Bréfritari: Jakobína Jónsdóttir
Viðtakandi: Sólveig Jónsdóttir
Dagsetning: A-1880-05-08
Skrifað á: Bessastöðum  Gull.
systir bréfviðtakanda

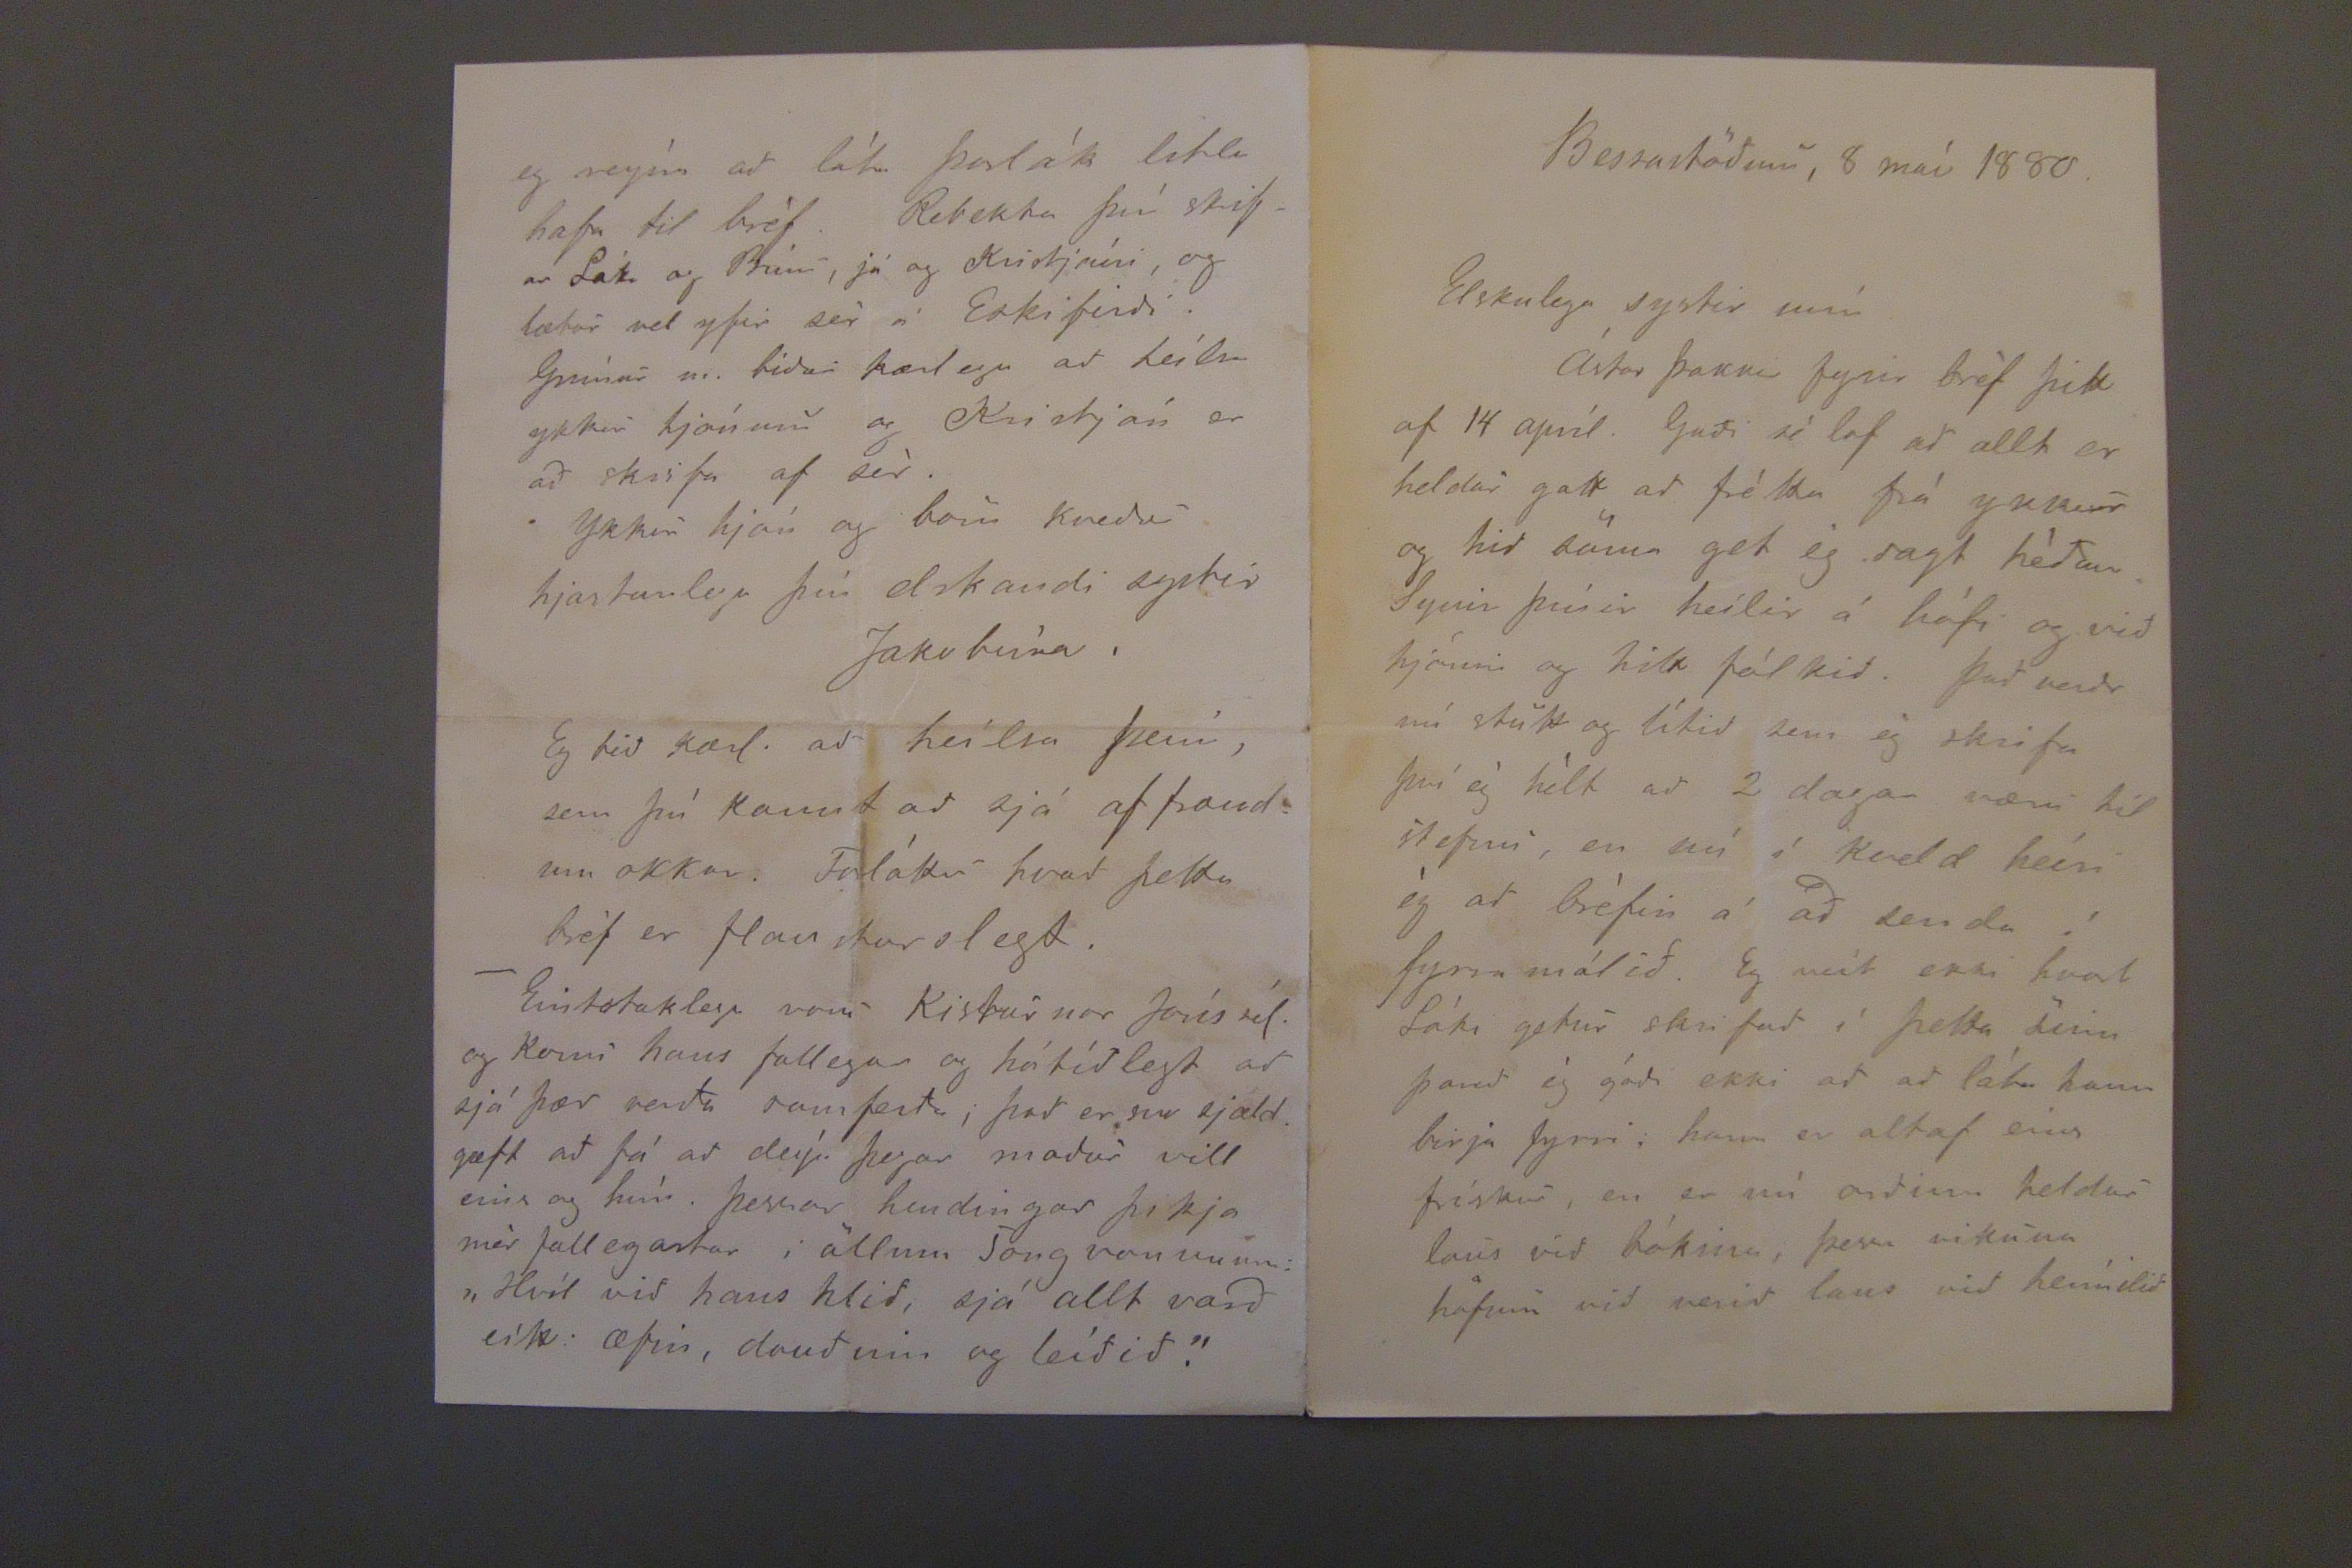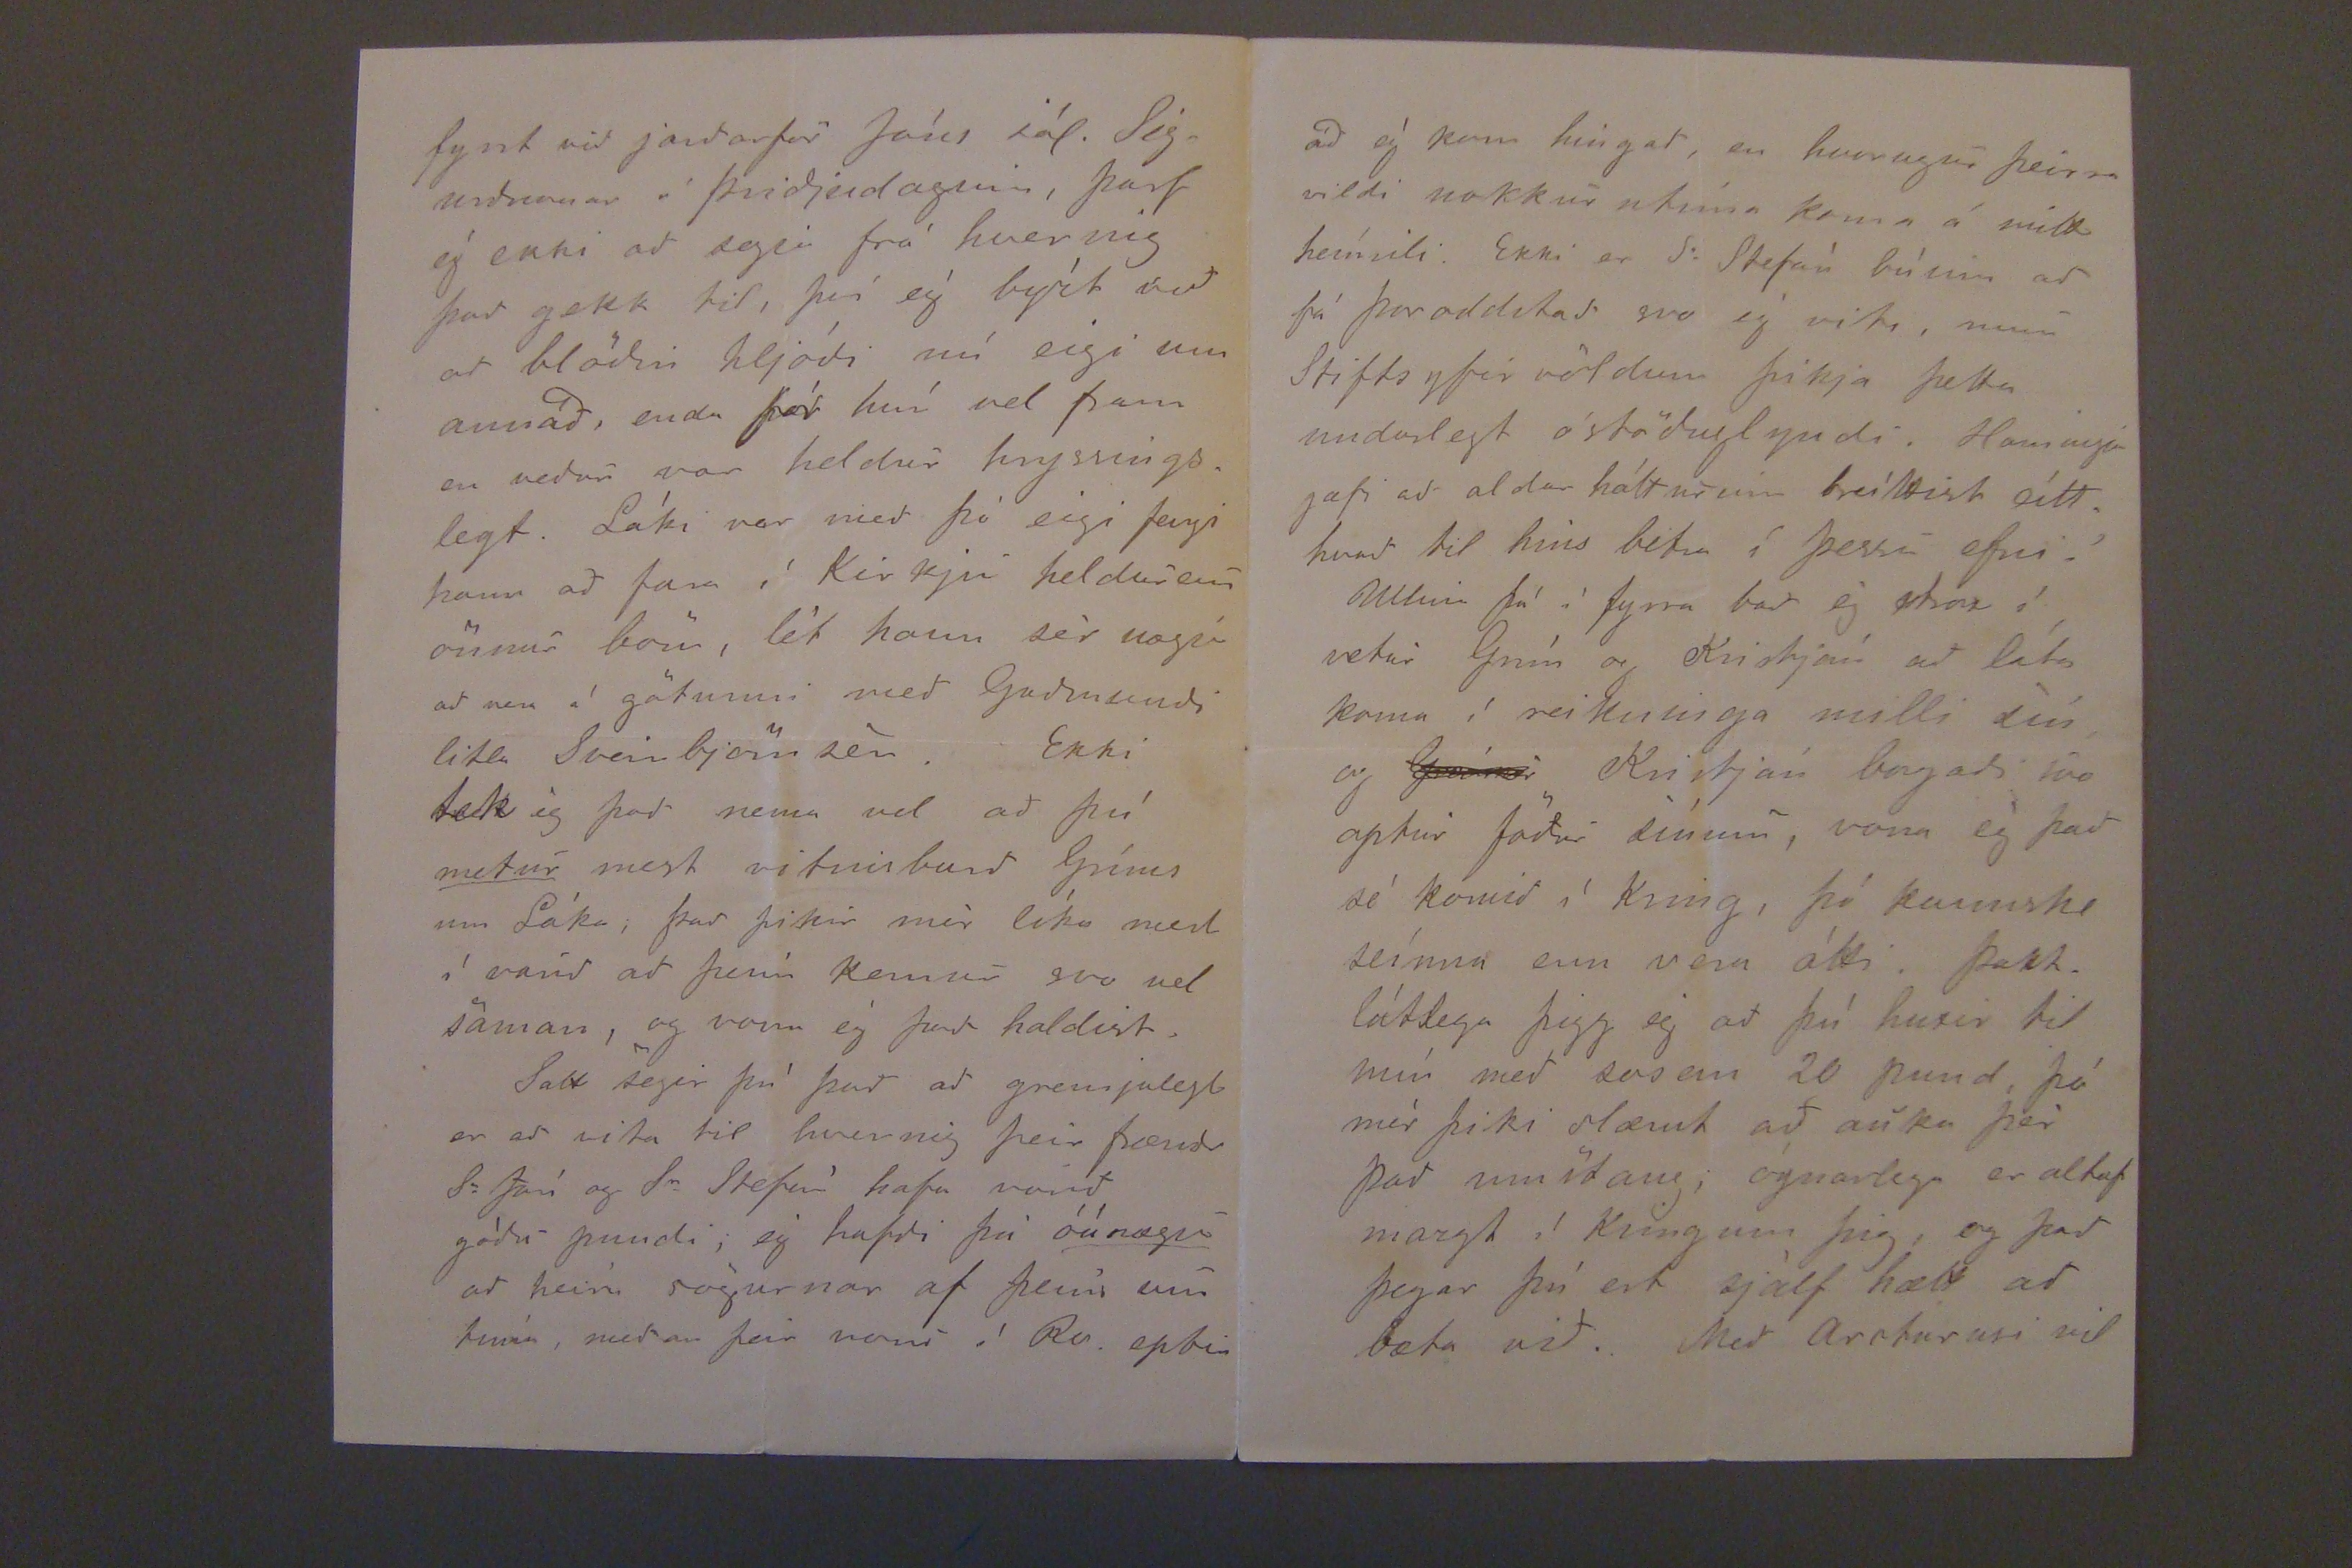

Bessastödum, 8 maí 1880.
Elskulega systir mín.
Ástar þakkir fyrir bréf þitt af 14 apríl. Gudi sé lof ad allt er heldur gott ad frétta frá ykkur og hid sömu get ég sagt hédan. Synir þínir heílir á hófi og vid hjónin og hitt fólkid. Þad verdr nú stutt og lítid sem ég skrifa því ég hélt ad 2 dagar væru til stefnu, en nú í kveld heíri ég ad bréfin á ad senda í fyrramálid. Eg veít ekki hvort Láki getur skrifad í þetta sinn þarad ég gádi ekki ad ad láta hann birja fyrri; hann er altaf eins frískur, en er nú ordinn heldur laus vid bókina, þessa viskuna höfum vid verid laus vid heímilid
fyrst vid jardarför Jóns sál. Sigurdsonar á þridjudaginn, þarf ég ekki ad segja frá hvernig þad gekk til, því ég býst vid ad blödin hljódi nú eigi um annad, enda fór hún vel fram en vedur var heldur hryssingslegt. Láki var med þó eigi fengi hann ad fara í Kirkju heldur enn önnur börn, lét hann sér nægja ad vera á götunni med Gudmundi litla Sveinbjörnsen. Ekki tekég þad nema vel ad þú
metur
mest vitnisburd Gríms um Láka; þad þikir mér líka mest í varid ad þeím kemur svo vel saman, og vona ég þad haldist.
Satt segir þú þad ad gremjulegt er ad vita til hvernig þeir frændr Sr Jóni og Sr Stefán hafa verid gódu pundi, ég hafdi þó
óánægju
ad heíra sögurnar af þeim um tíma, medan þeir voru í Rv. eptir
eg reýna ad láta þorlák litla hafa til bréf. Rebekka þín skrifar Láki og Bínu, já og Kristjáni, og lætur vel yfir sér á Eskifirdi. Grímur m. bidur kærlega ad heílsa ykkur hjónum og Kristján er ad skrifa af sér.
Ykkur hjón og börn kvedur hjartanlega þín elskandi systir
Jakóbína.
Eg bid kærl. ad heílsa þeím, sem þú kannt ad sjá af frændum okkar. Forláttu hvad þetta bréf er flausturlegt.
Einstaklega voru Kisturnar Jóns sál. og Konu hans fallega og hátídlegt ad sjá þær verda samferda, þad er svo sjaldgæft ad fá ad deýa þegar madur vill eins og hún. þessar hendingar þikja mér fallegastar; öllum Söngvrunum: "Hvíl vid hans hlid, sjá allt vard eítt æfin, daudinn og leídid."
ad ég kom hingad, en hvorugur þeirra vildi nokkurntíma koma á mitt heímili. Ekki er Sr Stefán búinn ad fá Þoroddstad svo ég viti, mun Stiftsyfirvöldum þikja þetta undarlegt óstöduglyndi. Hamingja gæfi ad aldar hátturinn bríttist eítthvad til hins betra í þessu efni.
Ullin frá í fyrra bad ég strax í vetur Grím og Kristján ad láta koma í reikninga milli sín og
Grímur
Kristján borgadi svo aptur födur sínum, vona ég þad sé komid í kring, þó kannske seínna enn vera átti. Þakklátlega þigg ég ad þú huxir til mín med sosem 20 pund þó mér þiki slæmt ad auka þér þad umstang; ógnarlega er altaf margt í kringum þig, og þad þegar þú ert sjálf hætt ad bæta vid. Med
Arcturari
vil